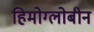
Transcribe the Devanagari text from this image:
हिमोग्लोबीन